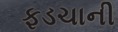
ફડચાની